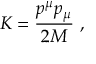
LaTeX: K = \frac { p ^ { \mu } p _ { \mu } } { 2 M } \ ,